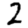
Digit: 2